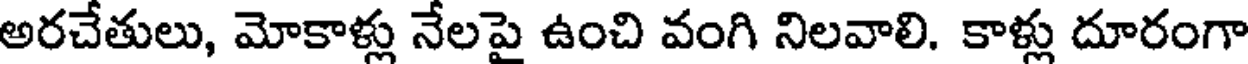
అరచేతులు, మోకాళ్లు నేలపై ఉంచి వంగి నిలవాలి. కాళ్లు దూరంగా